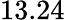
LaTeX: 13.24